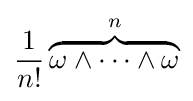
{\frac {1}{n!}}\overbrace {\omega \wedge \cdots \wedge \omega } ^{n}